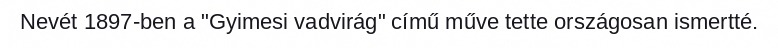
Nevét 1897-ben a "Gyimesi vadvirág" című műve tette országosan ismertté.